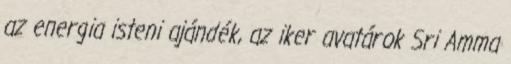
az energia isteni ajándék, az iker avatárok Sri Amma